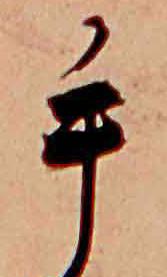
手